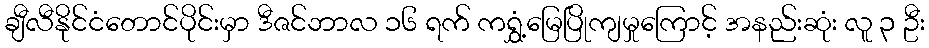
ချီလီနိုင်ငံတောင်ပိုင်းမှာ ဒီဇင်ဘာလ ၁၆ ရက် ကရွှံ့မြေပြိုကျမှုကြောင့် အနည်းဆုံး လူ ၃ ဦး